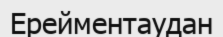
Ерейментаудан